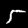
Digit: 5